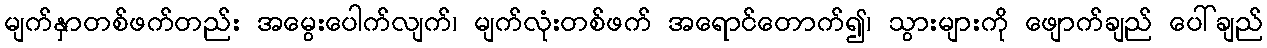
မျက်နှာတစ်ဖက်တည်း အမွေးပေါက်လျက်၊ မျက်လုံးတစ်ဖက် အရောင်တောက်၍၊ သွားများကို ဖျောက်ချည် ပေါ်ချည်